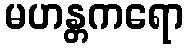
မဟန္တကရော